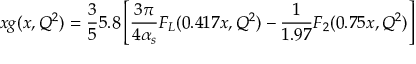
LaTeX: x g ( x , Q ^ { 2 } ) = \frac { 3 } { 5 } 5 . 8 \left[ \frac { 3 \pi } { 4 \alpha _ { s } } F _ { L } ( 0 . 4 1 7 x , Q ^ { 2 } ) - \frac { 1 } { 1 . 9 7 } F _ { 2 } ( 0 . 7 5 x , Q ^ { 2 } ) \right]